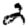
Digit: 2